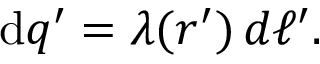
\mathrm { d } q ^ { \prime } = \lambda ( { \boldsymbol { r ^ { \prime } } } ) \, d \ell ^ { \prime } .